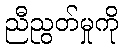
ညီညွတ်မှုကို